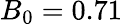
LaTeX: B_{0}=0.71